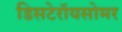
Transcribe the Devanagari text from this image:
डिसटेरॉयसोमर